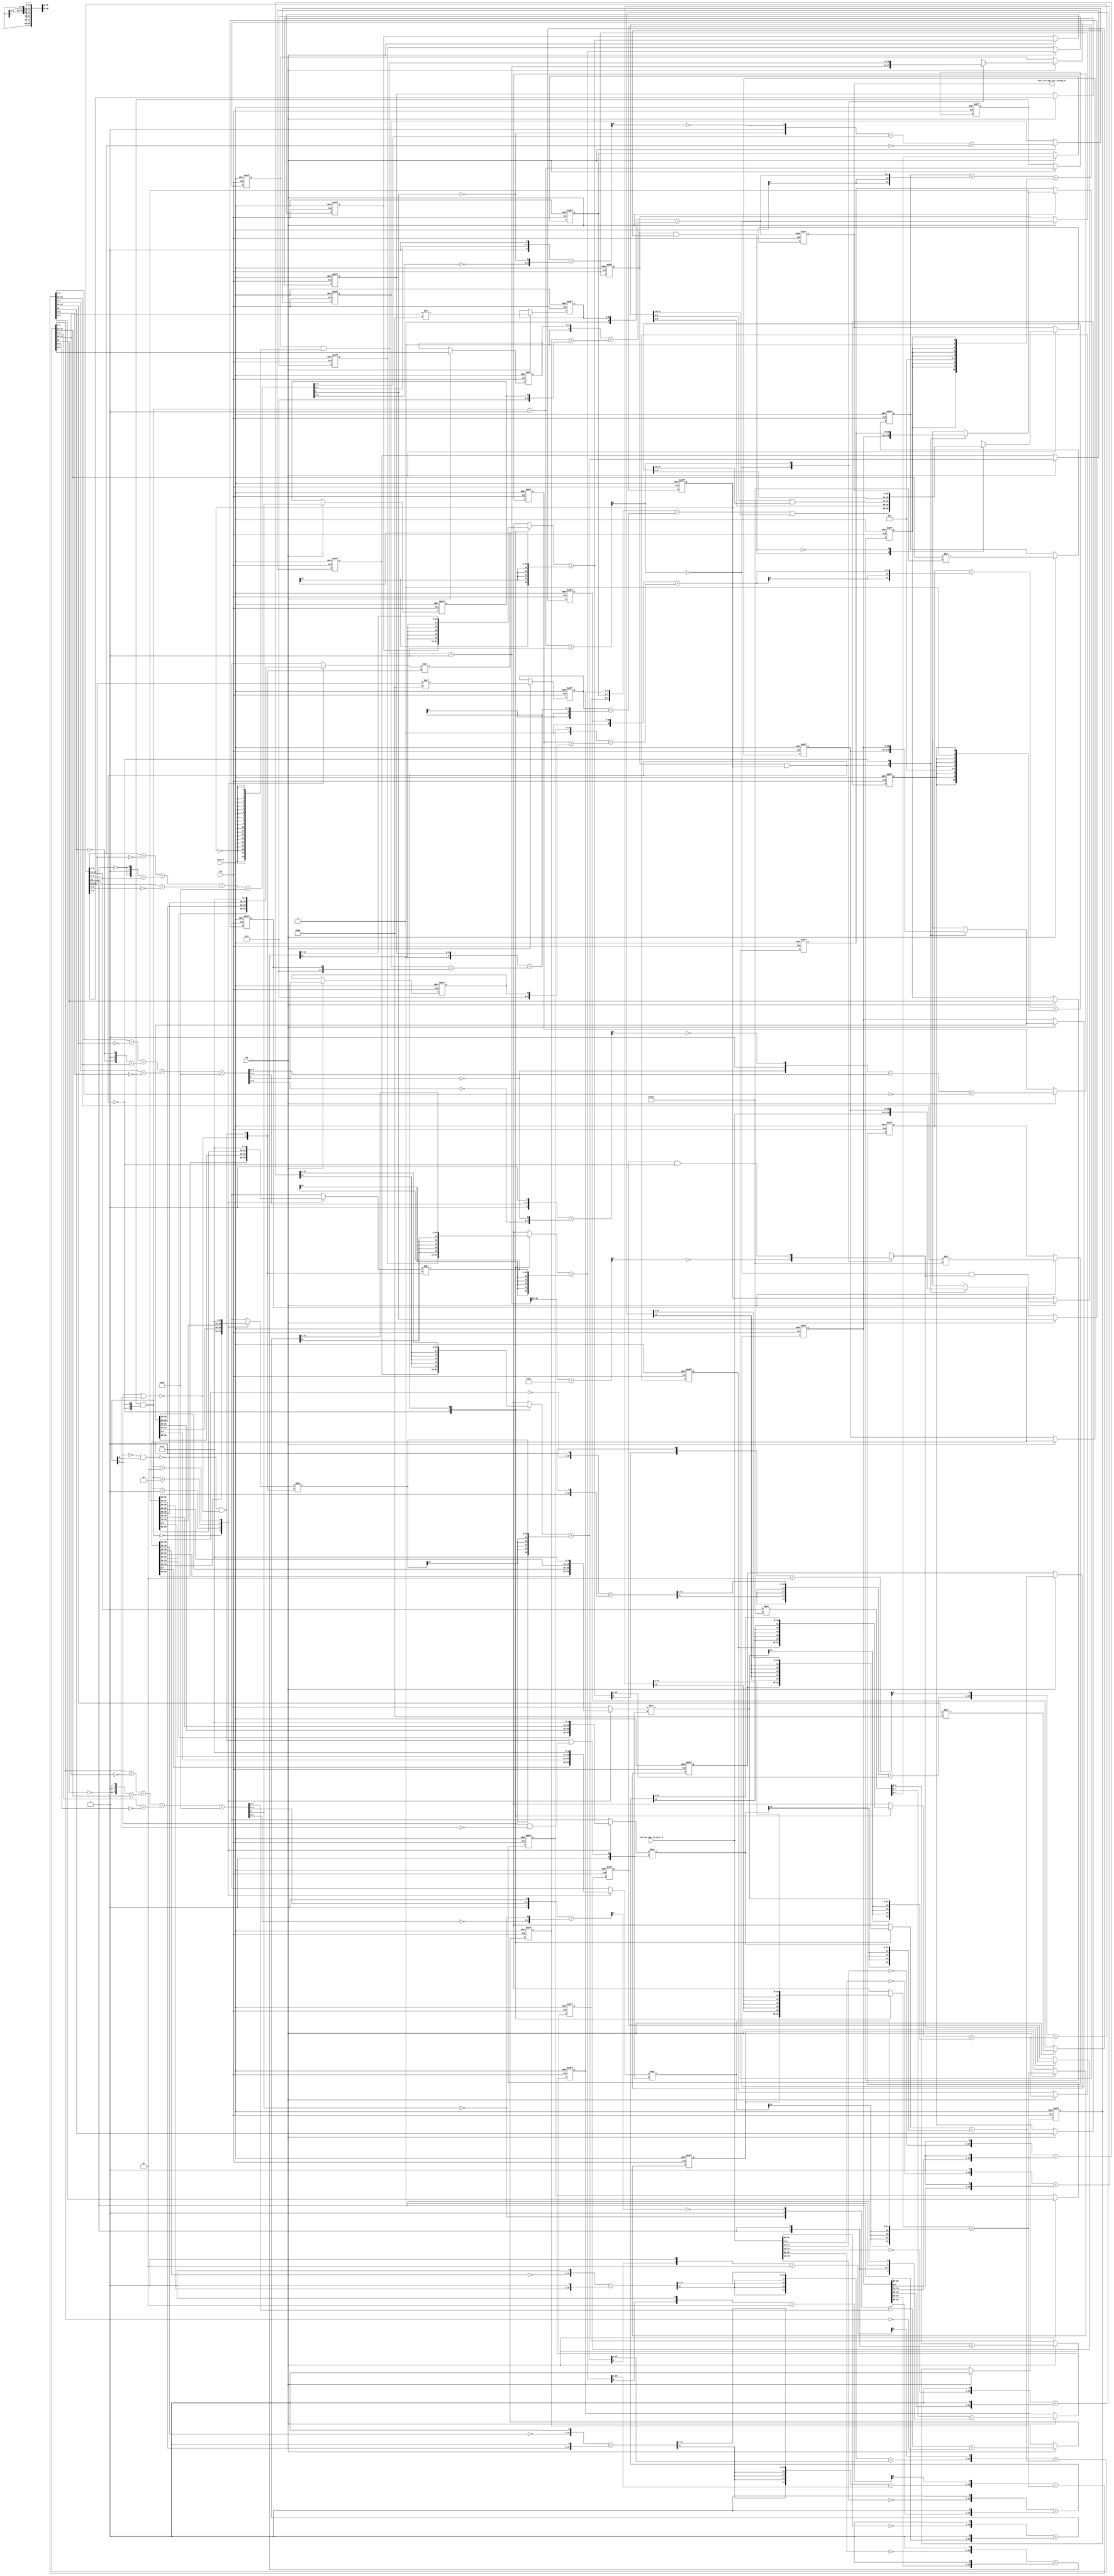
module sobel_core (
  clk, en, arst_n, vin_rsc_mgc_in_wire_d, vout_rsc_mgc_out_stdreg_d
);
  input clk;
  input en;
  input arst_n;
  input [89:0] vin_rsc_mgc_in_wire_d;
  output [29:0] vout_rsc_mgc_out_stdreg_d;
  reg [29:0] vout_rsc_mgc_out_stdreg_d;


  // Interconnect Declarations
  wire and_dcpl;
  reg [18:0] FRAME_p_1_lpi_1;
  reg [89:0] regs_regs_1_sva;
  reg [89:0] regs_regs_0_sva;
  reg exit_FRAME_1_sva;
  reg [89:0] regs_regs_2_lpi_1_dfm;
  reg [15:0] r_0_sva_1;
  reg [15:0] g_0_sva_1;
  reg [15:0] b_0_sva_1;
  reg [15:0] r_2_sva_1;
  reg [15:0] g_2_sva_1;
  reg [15:0] b_2_sva_1;
  reg [1:0] i_6_sva_1;
  reg exit_FRAME_lpi_1_dfm_1;
  reg [10:0] FRAME_mul_2_itm_1;
  wire [21:0] nl_FRAME_mul_2_itm_1;
  reg [8:0] FRAME_mul_3_itm_1;
  wire [17:0] nl_FRAME_mul_3_itm_1;
  reg [5:0] green_slc_green_2_sg1_itm_1;
  reg [4:0] FRAME_acc_18_itm_1;
  wire [5:0] nl_FRAME_acc_18_itm_1;
  reg FRAME_slc_acc_imod_2_4_itm_1;
  reg green_slc_green_2_sg1_12_itm_1;
  reg [10:0] FRAME_mul_4_itm_1;
  wire [21:0] nl_FRAME_mul_4_itm_1;
  reg [8:0] FRAME_mul_5_itm_1;
  wire [17:0] nl_FRAME_mul_5_itm_1;
  reg [5:0] blue_slc_blue_2_sg1_itm_1;
  reg [4:0] FRAME_acc_30_itm_1;
  wire [5:0] nl_FRAME_acc_30_itm_1;
  reg FRAME_slc_acc_imod_4_4_itm_1;
  reg blue_slc_blue_2_sg1_12_itm_1;
  reg [8:0] FRAME_mul_1_itm_1;
  wire [17:0] nl_FRAME_mul_1_itm_1;
  reg [5:0] red_slc_red_2_sg1_itm_1;
  reg [4:0] FRAME_acc_37_itm_1;
  wire [5:0] nl_FRAME_acc_37_itm_1;
  reg FRAME_slc_acc_imod_4_itm_1;
  reg exit_FRAME_for_sva_1_st_1;
  reg main_stage_0_2;
  reg [1:0] FRAME_acc_41_itm_1_sg2;
  wire [2:0] nl_FRAME_acc_41_itm_1_sg2;
  reg [1:0] FRAME_acc_41_itm_1_sg1;
  reg [5:0] FRAME_acc_41_itm_3;
  wire [6:0] nl_FRAME_acc_41_itm_3;
  wire [18:0] FRAME_p_1_sva_1;
  wire [19:0] nl_FRAME_p_1_sva_1;
  wire [1:0] FRAME_for_acc_itm;
  wire [2:0] nl_FRAME_for_acc_itm;
  wire [11:0] FRAME_acc_3_psp_sva;
  wire [13:0] nl_FRAME_acc_3_psp_sva;
  wire [11:0] FRAME_acc_4_psp_sva;
  wire [13:0] nl_FRAME_acc_4_psp_sva;
  wire [1:0] i_6_sva_2;
  wire [2:0] nl_i_6_sva_2;
  wire [1:0] i_6_lpi_1_dfm;
  wire exit_FRAME_for_lpi_1_dfm;
  wire [89:0] regs_regs_2_lpi_1_dfm_mx0;
  wire [89:0] regs_regs_1_sva_dfm_mx0;
  wire [89:0] regs_regs_0_sva_dfm_mx0;
  wire exit_FRAME_lpi_1_dfm_1_mx0;
  wire [18:0] FRAME_p_1_lpi_1_dfm;
  wire [5:0] acc_imod_sva;
  wire [7:0] nl_acc_imod_sva;
  wire [9:0] FRAME_mul_sdt;
  wire [19:0] nl_FRAME_mul_sdt;
  wire [5:0] acc_imod_4_sva;
  wire [7:0] nl_acc_imod_4_sva;
  wire [5:0] acc_imod_2_sva;
  wire [7:0] nl_acc_imod_2_sva;
  wire [15:0] b_2_sva_3;
  wire [16:0] nl_b_2_sva_3;
  wire [15:0] b_0_sva_3;
  wire [16:0] nl_b_0_sva_3;
  wire [15:0] g_2_sva_3;
  wire [16:0] nl_g_2_sva_3;
  wire [15:0] g_0_sva_3;
  wire [16:0] nl_g_0_sva_3;
  wire [15:0] r_2_sva_3;
  wire [16:0] nl_r_2_sva_3;
  wire [15:0] r_0_sva_3;
  wire [16:0] nl_r_0_sva_3;
  wire FRAME_for_nor_cse;
  wire [15:0] ACC1_acc_43_itm;
  wire [16:0] nl_ACC1_acc_43_itm;
  wire [15:0] ACC1_acc_45_itm;
  wire [16:0] nl_ACC1_acc_45_itm;
  wire [15:0] ACC1_acc_44_itm;
  wire [16:0] nl_ACC1_acc_44_itm;
  wire FRAME_for_or_4_itm;
  wire FRAME_for_or_3_itm;

  wire[15:0] FRAME_for_mux_10_nl;
  wire[9:0] regs_operator_17_mux_nl;
  wire[15:0] FRAME_for_mux_9_nl;
  wire[9:0] regs_operator_11_mux_nl;
  wire[15:0] FRAME_for_mux_8_nl;
  wire[9:0] regs_operator_16_mux_nl;
  wire[15:0] FRAME_for_mux_7_nl;
  wire[9:0] regs_operator_10_mux_nl;
  wire[15:0] FRAME_for_mux_6_nl;
  wire[9:0] regs_operator_15_mux_nl;
  wire[15:0] FRAME_for_mux_5_nl;
  wire[9:0] regs_operator_9_mux_nl;

  // Interconnect Declarations for Component Instantiations 
  assign nl_FRAME_acc_3_psp_sva = (conv_u2s_11_12(FRAME_mul_2_itm_1) + conv_s2s_10_12(conv_u2s_9_10(FRAME_mul_3_itm_1)
      + conv_s2s_8_10(conv_u2s_6_8(green_slc_green_2_sg1_itm_1) + conv_s2s_5_8(FRAME_acc_18_itm_1
      + ({4'b1001 , FRAME_slc_acc_imod_2_4_itm_1}))))) + conv_u2u_11_12(signext_11_9({green_slc_green_2_sg1_12_itm_1
      , 3'b0 , ({{2{green_slc_green_2_sg1_12_itm_1}}, green_slc_green_2_sg1_12_itm_1})
      , 1'b0 , green_slc_green_2_sg1_12_itm_1}));
  assign FRAME_acc_3_psp_sva = nl_FRAME_acc_3_psp_sva[11:0];
  assign nl_FRAME_acc_4_psp_sva = (conv_u2s_11_12(FRAME_mul_4_itm_1) + conv_s2s_10_12(conv_u2s_9_10(FRAME_mul_5_itm_1)
      + conv_s2s_8_10(conv_u2s_6_8(blue_slc_blue_2_sg1_itm_1) + conv_s2s_5_8(FRAME_acc_30_itm_1
      + ({4'b1001 , FRAME_slc_acc_imod_4_4_itm_1}))))) + conv_u2u_11_12(signext_11_9({blue_slc_blue_2_sg1_12_itm_1
      , 3'b0 , ({{2{blue_slc_blue_2_sg1_12_itm_1}}, blue_slc_blue_2_sg1_12_itm_1})
      , 1'b0 , blue_slc_blue_2_sg1_12_itm_1}));
  assign FRAME_acc_4_psp_sva = nl_FRAME_acc_4_psp_sva[11:0];
  assign nl_FRAME_for_acc_itm = i_6_sva_2 + 2'b1;
  assign FRAME_for_acc_itm = nl_FRAME_for_acc_itm[1:0];
  assign nl_i_6_sva_2 = i_6_lpi_1_dfm + 2'b1;
  assign i_6_sva_2 = nl_i_6_sva_2[1:0];
  assign i_6_lpi_1_dfm = i_6_sva_1 & (signext_2_1(~ exit_FRAME_for_lpi_1_dfm));
  assign exit_FRAME_for_lpi_1_dfm = exit_FRAME_for_sva_1_st_1 | exit_FRAME_1_sva;
  assign regs_regs_2_lpi_1_dfm_mx0 = MUX_v_90_2_2({regs_regs_1_sva , regs_regs_2_lpi_1_dfm},
      and_dcpl);
  assign regs_regs_1_sva_dfm_mx0 = MUX_v_90_2_2({regs_regs_0_sva , regs_regs_1_sva},
      and_dcpl);
  assign regs_regs_0_sva_dfm_mx0 = MUX_v_90_2_2({vin_rsc_mgc_in_wire_d , regs_regs_0_sva},
      and_dcpl);
  assign exit_FRAME_lpi_1_dfm_1_mx0 = MUX_s_1_2_2({(~ (readslicef_8_1_7((conv_u2s_7_8(FRAME_p_1_sva_1[18:12])
      + 8'b10110101)))) , (exit_FRAME_lpi_1_dfm_1 & (~ exit_FRAME_for_lpi_1_dfm))},
      FRAME_for_acc_itm[1]);
  assign nl_FRAME_p_1_sva_1 = FRAME_p_1_lpi_1_dfm + 19'b1;
  assign FRAME_p_1_sva_1 = nl_FRAME_p_1_sva_1[18:0];
  assign FRAME_p_1_lpi_1_dfm = FRAME_p_1_lpi_1 & (signext_19_1(~ exit_FRAME_1_sva));
  assign nl_acc_imod_sva = (conv_u2u_5_6(conv_u2u_4_5(conv_u2u_3_4(ACC1_acc_43_itm[9:7])
      + conv_u2u_3_4(~ (ACC1_acc_43_itm[12:10]))) + conv_u2u_4_5(conv_u2u_3_4({(~
      (ACC1_acc_43_itm[15])) , 1'b1 , (~ (ACC1_acc_43_itm[15]))}) + conv_u2u_2_4(ACC1_acc_43_itm[14:13])))
      + conv_u2u_4_6(conv_u2u_3_4(ACC1_acc_43_itm[3:1]) + conv_u2u_3_4(~ (ACC1_acc_43_itm[6:4]))))
      + 6'b101011;
  assign acc_imod_sva = nl_acc_imod_sva[5:0];
  assign nl_ACC1_acc_43_itm = ({(conv_s2u_11_15(readslicef_12_11_1((conv_s2s_11_12({(~
      (regs_regs_0_sva_dfm_mx0[59:50])) , 1'b1}) + conv_s2s_11_12({(regs_regs_2_lpi_1_dfm_mx0[59:50])
      , 1'b1})))) + (r_2_sva_3[15:1])) , (readslicef_2_1_1((({(r_2_sva_3[0]) , 1'b1})
      + 2'b11)))}) + r_0_sva_3;
  assign ACC1_acc_43_itm = nl_ACC1_acc_43_itm[15:0];
  assign nl_FRAME_mul_sdt = conv_u2u_2_10(ACC1_acc_43_itm[14:13]) * 10'b111000111;
  assign FRAME_mul_sdt = nl_FRAME_mul_sdt[9:0];
  assign nl_ACC1_acc_45_itm = ({(conv_s2u_11_15(readslicef_12_11_1((conv_s2s_11_12({(~
      (regs_regs_0_sva_dfm_mx0[39:30])) , 1'b1}) + conv_s2s_11_12({(regs_regs_2_lpi_1_dfm_mx0[39:30])
      , 1'b1})))) + (b_2_sva_3[15:1])) , (readslicef_2_1_1((({(b_2_sva_3[0]) , 1'b1})
      + 2'b11)))}) + b_0_sva_3;
  assign ACC1_acc_45_itm = nl_ACC1_acc_45_itm[15:0];
  assign nl_acc_imod_4_sva = (conv_u2u_5_6(conv_u2u_4_5(conv_u2u_3_4(ACC1_acc_45_itm[9:7])
      + conv_u2u_3_4(~ (ACC1_acc_45_itm[12:10]))) + conv_u2u_4_5(conv_u2u_3_4({(~
      (ACC1_acc_45_itm[15])) , 1'b1 , (~ (ACC1_acc_45_itm[15]))}) + conv_u2u_2_4(ACC1_acc_45_itm[14:13])))
      + conv_u2u_4_6(conv_u2u_3_4(ACC1_acc_45_itm[3:1]) + conv_u2u_3_4(~ (ACC1_acc_45_itm[6:4]))))
      + 6'b101011;
  assign acc_imod_4_sva = nl_acc_imod_4_sva[5:0];
  assign nl_ACC1_acc_44_itm = ({(conv_s2u_11_15(readslicef_12_11_1((conv_s2s_11_12({(~
      (regs_regs_0_sva_dfm_mx0[49:40])) , 1'b1}) + conv_s2s_11_12({(regs_regs_2_lpi_1_dfm_mx0[49:40])
      , 1'b1})))) + (g_2_sva_3[15:1])) , (readslicef_2_1_1((({(g_2_sva_3[0]) , 1'b1})
      + 2'b11)))}) + g_0_sva_3;
  assign ACC1_acc_44_itm = nl_ACC1_acc_44_itm[15:0];
  assign nl_acc_imod_2_sva = (conv_u2u_5_6(conv_u2u_4_5(conv_u2u_3_4(ACC1_acc_44_itm[9:7])
      + conv_u2u_3_4(~ (ACC1_acc_44_itm[12:10]))) + conv_u2u_4_5(conv_u2u_3_4({(~
      (ACC1_acc_44_itm[15])) , 1'b1 , (~ (ACC1_acc_44_itm[15]))}) + conv_u2u_2_4(ACC1_acc_44_itm[14:13])))
      + conv_u2u_4_6(conv_u2u_3_4(ACC1_acc_44_itm[3:1]) + conv_u2u_3_4(~ (ACC1_acc_44_itm[6:4]))))
      + 6'b101011;
  assign acc_imod_2_sva = nl_acc_imod_2_sva[5:0];
  assign FRAME_for_mux_10_nl = MUX_v_16_2_2({b_2_sva_1 , (signext_16_11(readslicef_12_11_1((conv_s2s_11_12({(~
      (vin_rsc_mgc_in_wire_d[69:60])) , 1'b1}) + conv_s2s_11_12({(regs_regs_1_sva[69:60])
      , 1'b1})))))}, exit_FRAME_for_lpi_1_dfm);
  assign regs_operator_17_mux_nl = MUX_v_10_4_2({(regs_regs_0_sva_dfm_mx0[69:60])
      , (regs_regs_1_sva_dfm_mx0[69:60]) , (regs_regs_2_lpi_1_dfm_mx0[69:60]) , 10'b0},
      i_6_lpi_1_dfm);
  assign nl_b_2_sva_3 = (FRAME_for_mux_10_nl) + conv_s2u_11_16(conv_s2u_22_11(conv_s2s_10_11(regs_operator_17_mux_nl)
      * conv_s2s_2_11({FRAME_for_nor_cse , FRAME_for_or_4_itm})));
  assign b_2_sva_3 = nl_b_2_sva_3[15:0];
  assign FRAME_for_mux_9_nl = MUX_v_16_2_2({b_0_sva_1 , (signext_16_11(readslicef_12_11_1((conv_s2s_11_12({(~
      (vin_rsc_mgc_in_wire_d[9:0])) , 1'b1}) + conv_s2s_11_12({(regs_regs_1_sva[9:0])
      , 1'b1})))))}, exit_FRAME_for_lpi_1_dfm);
  assign regs_operator_11_mux_nl = MUX_v_10_4_2({(regs_regs_0_sva_dfm_mx0[9:0]) ,
      (regs_regs_1_sva_dfm_mx0[9:0]) , (regs_regs_2_lpi_1_dfm_mx0[9:0]) , 10'b0},
      i_6_lpi_1_dfm);
  assign nl_b_0_sva_3 = (FRAME_for_mux_9_nl) + conv_s2u_12_16(conv_s2u_24_12(conv_s2s_10_12(regs_operator_11_mux_nl)
      * conv_s2s_2_12({1'b1 , FRAME_for_or_3_itm})));
  assign b_0_sva_3 = nl_b_0_sva_3[15:0];
  assign FRAME_for_mux_8_nl = MUX_v_16_2_2({g_2_sva_1 , (signext_16_11(readslicef_12_11_1((conv_s2s_11_12({(~
      (vin_rsc_mgc_in_wire_d[79:70])) , 1'b1}) + conv_s2s_11_12({(regs_regs_1_sva[79:70])
      , 1'b1})))))}, exit_FRAME_for_lpi_1_dfm);
  assign regs_operator_16_mux_nl = MUX_v_10_4_2({(regs_regs_0_sva_dfm_mx0[79:70])
      , (regs_regs_1_sva_dfm_mx0[79:70]) , (regs_regs_2_lpi_1_dfm_mx0[79:70]) , 10'b0},
      i_6_lpi_1_dfm);
  assign nl_g_2_sva_3 = (FRAME_for_mux_8_nl) + conv_s2u_11_16(conv_s2u_22_11(conv_s2s_10_11(regs_operator_16_mux_nl)
      * conv_s2s_2_11({FRAME_for_nor_cse , FRAME_for_or_4_itm})));
  assign g_2_sva_3 = nl_g_2_sva_3[15:0];
  assign FRAME_for_mux_7_nl = MUX_v_16_2_2({g_0_sva_1 , (signext_16_11(readslicef_12_11_1((conv_s2s_11_12({(~
      (vin_rsc_mgc_in_wire_d[19:10])) , 1'b1}) + conv_s2s_11_12({(regs_regs_1_sva[19:10])
      , 1'b1})))))}, exit_FRAME_for_lpi_1_dfm);
  assign regs_operator_10_mux_nl = MUX_v_10_4_2({(regs_regs_0_sva_dfm_mx0[19:10])
      , (regs_regs_1_sva_dfm_mx0[19:10]) , (regs_regs_2_lpi_1_dfm_mx0[19:10]) , 10'b0},
      i_6_lpi_1_dfm);
  assign nl_g_0_sva_3 = (FRAME_for_mux_7_nl) + conv_s2u_12_16(conv_s2u_24_12(conv_s2s_10_12(regs_operator_10_mux_nl)
      * conv_s2s_2_12({1'b1 , FRAME_for_or_3_itm})));
  assign g_0_sva_3 = nl_g_0_sva_3[15:0];
  assign FRAME_for_mux_6_nl = MUX_v_16_2_2({r_2_sva_1 , (signext_16_11(readslicef_12_11_1((conv_s2s_11_12({(~
      (vin_rsc_mgc_in_wire_d[89:80])) , 1'b1}) + conv_s2s_11_12({(regs_regs_1_sva[89:80])
      , 1'b1})))))}, exit_FRAME_for_lpi_1_dfm);
  assign regs_operator_15_mux_nl = MUX_v_10_4_2({(regs_regs_0_sva_dfm_mx0[89:80])
      , (regs_regs_1_sva_dfm_mx0[89:80]) , (regs_regs_2_lpi_1_dfm_mx0[89:80]) , 10'b0},
      i_6_lpi_1_dfm);
  assign nl_r_2_sva_3 = (FRAME_for_mux_6_nl) + conv_s2u_11_16(conv_s2u_22_11(conv_s2s_10_11(regs_operator_15_mux_nl)
      * conv_s2s_2_11({FRAME_for_nor_cse , FRAME_for_or_4_itm})));
  assign r_2_sva_3 = nl_r_2_sva_3[15:0];
  assign FRAME_for_mux_5_nl = MUX_v_16_2_2({r_0_sva_1 , (signext_16_11(readslicef_12_11_1((conv_s2s_11_12({(~
      (vin_rsc_mgc_in_wire_d[29:20])) , 1'b1}) + conv_s2s_11_12({(regs_regs_1_sva[29:20])
      , 1'b1})))))}, exit_FRAME_for_lpi_1_dfm);
  assign regs_operator_9_mux_nl = MUX_v_10_4_2({(regs_regs_0_sva_dfm_mx0[29:20])
      , (regs_regs_1_sva_dfm_mx0[29:20]) , (regs_regs_2_lpi_1_dfm_mx0[29:20]) , 10'b0},
      i_6_lpi_1_dfm);
  assign nl_r_0_sva_3 = (FRAME_for_mux_5_nl) + conv_s2u_12_16(conv_s2u_24_12(conv_s2s_10_12(regs_operator_9_mux_nl)
      * conv_s2s_2_12({1'b1 , FRAME_for_or_3_itm})));
  assign r_0_sva_3 = nl_r_0_sva_3[15:0];
  assign FRAME_for_nor_cse = ~((i_6_lpi_1_dfm[1]) | (i_6_lpi_1_dfm[0]));
  assign FRAME_for_or_4_itm = (~((~ (i_6_lpi_1_dfm[1])) & (i_6_lpi_1_dfm[0]))) |
      FRAME_for_nor_cse;
  assign FRAME_for_or_3_itm = (~((i_6_lpi_1_dfm[0]) & (~ (i_6_lpi_1_dfm[1])))) |
      FRAME_for_nor_cse | ((i_6_lpi_1_dfm[1]) & (~ (i_6_lpi_1_dfm[0])));
  assign and_dcpl = ~(exit_FRAME_for_sva_1_st_1 | exit_FRAME_1_sva);
  always @(posedge clk or negedge arst_n) begin
    if ( ~ arst_n ) begin
      vout_rsc_mgc_out_stdreg_d <= 30'b0;
      FRAME_acc_41_itm_1_sg2 <= 2'b0;
      FRAME_acc_41_itm_1_sg1 <= 2'b0;
      FRAME_acc_41_itm_3 <= 6'b0;
      FRAME_mul_1_itm_1 <= 9'b0;
      red_slc_red_2_sg1_itm_1 <= 6'b0;
      FRAME_acc_37_itm_1 <= 5'b0;
      FRAME_slc_acc_imod_4_itm_1 <= 1'b0;
      FRAME_mul_4_itm_1 <= 11'b0;
      FRAME_mul_5_itm_1 <= 9'b0;
      blue_slc_blue_2_sg1_itm_1 <= 6'b0;
      FRAME_acc_30_itm_1 <= 5'b0;
      FRAME_slc_acc_imod_4_4_itm_1 <= 1'b0;
      blue_slc_blue_2_sg1_12_itm_1 <= 1'b0;
      FRAME_mul_2_itm_1 <= 11'b0;
      FRAME_mul_3_itm_1 <= 9'b0;
      green_slc_green_2_sg1_itm_1 <= 6'b0;
      FRAME_acc_18_itm_1 <= 5'b0;
      FRAME_slc_acc_imod_2_4_itm_1 <= 1'b0;
      green_slc_green_2_sg1_12_itm_1 <= 1'b0;
      exit_FRAME_for_sva_1_st_1 <= 1'b0;
      i_6_sva_1 <= 2'b0;
      exit_FRAME_1_sva <= 1'b1;
      main_stage_0_2 <= 1'b0;
      regs_regs_2_lpi_1_dfm <= 90'b0;
      regs_regs_1_sva <= 90'b0;
      regs_regs_0_sva <= 90'b0;
      exit_FRAME_lpi_1_dfm_1 <= 1'b0;
      b_2_sva_1 <= 16'b0;
      b_0_sva_1 <= 16'b0;
      g_2_sva_1 <= 16'b0;
      g_0_sva_1 <= 16'b0;
      r_2_sva_1 <= 16'b0;
      r_0_sva_1 <= 16'b0;
      FRAME_p_1_lpi_1 <= 19'b0;
    end
    else begin
      if ( en ) begin
        vout_rsc_mgc_out_stdreg_d <= MUX_v_30_2_2({({((({FRAME_acc_41_itm_1_sg2 ,
            FRAME_acc_41_itm_1_sg1 , FRAME_acc_41_itm_3}) + (conv_u2s_9_10(FRAME_mul_1_itm_1)
            + conv_s2s_8_10(conv_u2s_6_8(red_slc_red_2_sg1_itm_1) + conv_s2s_5_8(FRAME_acc_37_itm_1
            + ({4'b1001 , FRAME_slc_acc_imod_4_itm_1}))))) | ({8'b0 , (FRAME_acc_3_psp_sva[11:10])}))
            , (FRAME_acc_3_psp_sva[9:6]) , ((FRAME_acc_3_psp_sva[5:0]) | ({4'b0 ,
            (FRAME_acc_4_psp_sva[11:10])})) , (FRAME_acc_4_psp_sva[9:0])}) , vout_rsc_mgc_out_stdreg_d},
            ~(exit_FRAME_for_sva_1_st_1 & main_stage_0_2));
        FRAME_acc_41_itm_1_sg2 <= nl_FRAME_acc_41_itm_1_sg2[1:0];
        FRAME_acc_41_itm_1_sg1 <= FRAME_mul_sdt[7:6];
        FRAME_acc_41_itm_3 <= nl_FRAME_acc_41_itm_3[5:0];
        FRAME_mul_1_itm_1 <= nl_FRAME_mul_1_itm_1[8:0];
        red_slc_red_2_sg1_itm_1 <= ACC1_acc_43_itm[9:4];
        FRAME_acc_37_itm_1 <= nl_FRAME_acc_37_itm_1[4:0];
        FRAME_slc_acc_imod_4_itm_1 <= acc_imod_sva[5];
        FRAME_mul_4_itm_1 <= nl_FRAME_mul_4_itm_1[10:0];
        FRAME_mul_5_itm_1 <= nl_FRAME_mul_5_itm_1[8:0];
        blue_slc_blue_2_sg1_itm_1 <= ACC1_acc_45_itm[9:4];
        FRAME_acc_30_itm_1 <= nl_FRAME_acc_30_itm_1[4:0];
        FRAME_slc_acc_imod_4_4_itm_1 <= acc_imod_4_sva[5];
        blue_slc_blue_2_sg1_12_itm_1 <= ACC1_acc_45_itm[15];
        FRAME_mul_2_itm_1 <= nl_FRAME_mul_2_itm_1[10:0];
        FRAME_mul_3_itm_1 <= nl_FRAME_mul_3_itm_1[8:0];
        green_slc_green_2_sg1_itm_1 <= ACC1_acc_44_itm[9:4];
        FRAME_acc_18_itm_1 <= nl_FRAME_acc_18_itm_1[4:0];
        FRAME_slc_acc_imod_2_4_itm_1 <= acc_imod_2_sva[5];
        green_slc_green_2_sg1_12_itm_1 <= ACC1_acc_44_itm[15];
        exit_FRAME_for_sva_1_st_1 <= ~ (FRAME_for_acc_itm[1]);
        i_6_sva_1 <= i_6_sva_2;
        exit_FRAME_1_sva <= (~ (FRAME_for_acc_itm[1])) & exit_FRAME_lpi_1_dfm_1_mx0;
        main_stage_0_2 <= 1'b1;
        regs_regs_2_lpi_1_dfm <= regs_regs_2_lpi_1_dfm_mx0;
        regs_regs_1_sva <= regs_regs_1_sva_dfm_mx0;
        regs_regs_0_sva <= regs_regs_0_sva_dfm_mx0;
        exit_FRAME_lpi_1_dfm_1 <= exit_FRAME_lpi_1_dfm_1_mx0;
        b_2_sva_1 <= b_2_sva_3;
        b_0_sva_1 <= b_0_sva_3;
        g_2_sva_1 <= g_2_sva_3;
        g_0_sva_1 <= g_0_sva_3;
        r_2_sva_1 <= r_2_sva_3;
        r_0_sva_1 <= r_0_sva_3;
        FRAME_p_1_lpi_1 <= MUX_v_19_2_2({FRAME_p_1_sva_1 , FRAME_p_1_lpi_1_dfm},
            FRAME_for_acc_itm[1]);
      end
    end
  end
  assign nl_FRAME_acc_41_itm_1_sg2  = (FRAME_mul_sdt[9:8]) + conv_s2u_1_2(ACC1_acc_43_itm[15]);
  assign nl_FRAME_acc_41_itm_3  = conv_u2u_5_6(FRAME_mul_sdt[4:0]) + conv_u2u_5_6(signext_5_3({(ACC1_acc_43_itm[15])
      , 1'b0 , (ACC1_acc_43_itm[15])}));
  assign nl_FRAME_mul_1_itm_1  = conv_u2u_3_9(ACC1_acc_43_itm[12:10]) * 9'b111001;
  assign nl_FRAME_acc_37_itm_1  = conv_u2u_4_5(conv_u2u_3_4({(~ (acc_imod_sva[5]))
      , 1'b1 , (~ (readslicef_5_1_4((({1'b1 , (acc_imod_sva[2:0]) , 1'b1}) + conv_u2s_4_5({(~
      (acc_imod_sva[5:3])) , (~ (acc_imod_sva[5]))})))))}) + conv_u2u_2_4(acc_imod_sva[4:3]))
      + conv_u2u_3_5(~ (ACC1_acc_43_itm[9:7]));
  assign nl_FRAME_mul_4_itm_1  = conv_u2u_2_11(ACC1_acc_45_itm[14:13]) * 11'b111000111;
  assign nl_FRAME_mul_5_itm_1  = conv_u2u_3_9(ACC1_acc_45_itm[12:10]) * 9'b111001;
  assign nl_FRAME_acc_30_itm_1  = conv_u2u_4_5(conv_u2u_3_4({(~ (acc_imod_4_sva[5]))
      , 1'b1 , (~ (readslicef_5_1_4((({1'b1 , (acc_imod_4_sva[2:0]) , 1'b1}) + conv_u2s_4_5({(~
      (acc_imod_4_sva[5:3])) , (~ (acc_imod_4_sva[5]))})))))}) + conv_u2u_2_4(acc_imod_4_sva[4:3]))
      + conv_u2u_3_5(~ (ACC1_acc_45_itm[9:7]));
  assign nl_FRAME_mul_2_itm_1  = conv_u2u_2_11(ACC1_acc_44_itm[14:13]) * 11'b111000111;
  assign nl_FRAME_mul_3_itm_1  = conv_u2u_3_9(ACC1_acc_44_itm[12:10]) * 9'b111001;
  assign nl_FRAME_acc_18_itm_1  = conv_u2u_4_5(conv_u2u_3_4({(~ (acc_imod_2_sva[5]))
      , 1'b1 , (~ (readslicef_5_1_4((({1'b1 , (acc_imod_2_sva[2:0]) , 1'b1}) + conv_u2s_4_5({(~
      (acc_imod_2_sva[5:3])) , (~ (acc_imod_2_sva[5]))})))))}) + conv_u2u_2_4(acc_imod_2_sva[4:3]))
      + conv_u2u_3_5(~ (ACC1_acc_44_itm[9:7]));

  function [10:0] signext_11_9;
    input [8:0] vector;
  begin
    signext_11_9= {{2{vector[8]}}, vector};
  end
  endfunction


  function [1:0] signext_2_1;
    input [0:0] vector;
  begin
    signext_2_1= {{1{vector[0]}}, vector};
  end
  endfunction


  function [89:0] MUX_v_90_2_2;
    input [179:0] inputs;
    input [0:0] sel;
    reg [89:0] result;
  begin
    case (sel)
      1'b0 : begin
        result = inputs[179:90];
      end
      1'b1 : begin
        result = inputs[89:0];
      end
      default : begin
        result = inputs[179:90];
      end
    endcase
    MUX_v_90_2_2 = result;
  end
  endfunction


  function [0:0] MUX_s_1_2_2;
    input [1:0] inputs;
    input [0:0] sel;
    reg [0:0] result;
  begin
    case (sel)
      1'b0 : begin
        result = inputs[1:1];
      end
      1'b1 : begin
        result = inputs[0:0];
      end
      default : begin
        result = inputs[1:1];
      end
    endcase
    MUX_s_1_2_2 = result;
  end
  endfunction


  function [0:0] readslicef_8_1_7;
    input [7:0] vector;
    reg [7:0] tmp;
  begin
    tmp = vector >> 7;
    readslicef_8_1_7 = tmp[0:0];
  end
  endfunction


  function [18:0] signext_19_1;
    input [0:0] vector;
  begin
    signext_19_1= {{18{vector[0]}}, vector};
  end
  endfunction


  function [10:0] readslicef_12_11_1;
    input [11:0] vector;
    reg [11:0] tmp;
  begin
    tmp = vector >> 1;
    readslicef_12_11_1 = tmp[10:0];
  end
  endfunction


  function [0:0] readslicef_2_1_1;
    input [1:0] vector;
    reg [1:0] tmp;
  begin
    tmp = vector >> 1;
    readslicef_2_1_1 = tmp[0:0];
  end
  endfunction


  function [15:0] MUX_v_16_2_2;
    input [31:0] inputs;
    input [0:0] sel;
    reg [15:0] result;
  begin
    case (sel)
      1'b0 : begin
        result = inputs[31:16];
      end
      1'b1 : begin
        result = inputs[15:0];
      end
      default : begin
        result = inputs[31:16];
      end
    endcase
    MUX_v_16_2_2 = result;
  end
  endfunction


  function [15:0] signext_16_11;
    input [10:0] vector;
  begin
    signext_16_11= {{5{vector[10]}}, vector};
  end
  endfunction


  function [9:0] MUX_v_10_4_2;
    input [39:0] inputs;
    input [1:0] sel;
    reg [9:0] result;
  begin
    case (sel)
      2'b00 : begin
        result = inputs[39:30];
      end
      2'b01 : begin
        result = inputs[29:20];
      end
      2'b10 : begin
        result = inputs[19:10];
      end
      2'b11 : begin
        result = inputs[9:0];
      end
      default : begin
        result = inputs[39:30];
      end
    endcase
    MUX_v_10_4_2 = result;
  end
  endfunction


  function [29:0] MUX_v_30_2_2;
    input [59:0] inputs;
    input [0:0] sel;
    reg [29:0] result;
  begin
    case (sel)
      1'b0 : begin
        result = inputs[59:30];
      end
      1'b1 : begin
        result = inputs[29:0];
      end
      default : begin
        result = inputs[59:30];
      end
    endcase
    MUX_v_30_2_2 = result;
  end
  endfunction


  function [18:0] MUX_v_19_2_2;
    input [37:0] inputs;
    input [0:0] sel;
    reg [18:0] result;
  begin
    case (sel)
      1'b0 : begin
        result = inputs[37:19];
      end
      1'b1 : begin
        result = inputs[18:0];
      end
      default : begin
        result = inputs[37:19];
      end
    endcase
    MUX_v_19_2_2 = result;
  end
  endfunction


  function [4:0] signext_5_3;
    input [2:0] vector;
  begin
    signext_5_3= {{2{vector[2]}}, vector};
  end
  endfunction


  function [0:0] readslicef_5_1_4;
    input [4:0] vector;
    reg [4:0] tmp;
  begin
    tmp = vector >> 4;
    readslicef_5_1_4 = tmp[0:0];
  end
  endfunction


  function signed [11:0] conv_u2s_11_12 ;
    input [10:0]  vector ;
  begin
    conv_u2s_11_12 = {1'b0, vector};
  end
  endfunction


  function signed [11:0] conv_s2s_10_12 ;
    input signed [9:0]  vector ;
  begin
    conv_s2s_10_12 = {{2{vector[9]}}, vector};
  end
  endfunction


  function signed [9:0] conv_u2s_9_10 ;
    input [8:0]  vector ;
  begin
    conv_u2s_9_10 = {1'b0, vector};
  end
  endfunction


  function signed [9:0] conv_s2s_8_10 ;
    input signed [7:0]  vector ;
  begin
    conv_s2s_8_10 = {{2{vector[7]}}, vector};
  end
  endfunction


  function signed [7:0] conv_u2s_6_8 ;
    input [5:0]  vector ;
  begin
    conv_u2s_6_8 = {{2{1'b0}}, vector};
  end
  endfunction


  function signed [7:0] conv_s2s_5_8 ;
    input signed [4:0]  vector ;
  begin
    conv_s2s_5_8 = {{3{vector[4]}}, vector};
  end
  endfunction


  function  [11:0] conv_u2u_11_12 ;
    input [10:0]  vector ;
  begin
    conv_u2u_11_12 = {1'b0, vector};
  end
  endfunction


  function signed [7:0] conv_u2s_7_8 ;
    input [6:0]  vector ;
  begin
    conv_u2s_7_8 = {1'b0, vector};
  end
  endfunction


  function  [5:0] conv_u2u_5_6 ;
    input [4:0]  vector ;
  begin
    conv_u2u_5_6 = {1'b0, vector};
  end
  endfunction


  function  [4:0] conv_u2u_4_5 ;
    input [3:0]  vector ;
  begin
    conv_u2u_4_5 = {1'b0, vector};
  end
  endfunction


  function  [3:0] conv_u2u_3_4 ;
    input [2:0]  vector ;
  begin
    conv_u2u_3_4 = {1'b0, vector};
  end
  endfunction


  function  [3:0] conv_u2u_2_4 ;
    input [1:0]  vector ;
  begin
    conv_u2u_2_4 = {{2{1'b0}}, vector};
  end
  endfunction


  function  [5:0] conv_u2u_4_6 ;
    input [3:0]  vector ;
  begin
    conv_u2u_4_6 = {{2{1'b0}}, vector};
  end
  endfunction


  function  [14:0] conv_s2u_11_15 ;
    input signed [10:0]  vector ;
  begin
    conv_s2u_11_15 = {{4{vector[10]}}, vector};
  end
  endfunction


  function signed [11:0] conv_s2s_11_12 ;
    input signed [10:0]  vector ;
  begin
    conv_s2s_11_12 = {vector[10], vector};
  end
  endfunction


  function  [9:0] conv_u2u_2_10 ;
    input [1:0]  vector ;
  begin
    conv_u2u_2_10 = {{8{1'b0}}, vector};
  end
  endfunction


  function  [15:0] conv_s2u_11_16 ;
    input signed [10:0]  vector ;
  begin
    conv_s2u_11_16 = {{5{vector[10]}}, vector};
  end
  endfunction


  function  [10:0] conv_s2u_22_11 ;
    input signed [21:0]  vector ;
  begin
    conv_s2u_22_11 = vector[10:0];
  end
  endfunction


  function signed [10:0] conv_s2s_10_11 ;
    input signed [9:0]  vector ;
  begin
    conv_s2s_10_11 = {vector[9], vector};
  end
  endfunction


  function signed [10:0] conv_s2s_2_11 ;
    input signed [1:0]  vector ;
  begin
    conv_s2s_2_11 = {{9{vector[1]}}, vector};
  end
  endfunction


  function  [15:0] conv_s2u_12_16 ;
    input signed [11:0]  vector ;
  begin
    conv_s2u_12_16 = {{4{vector[11]}}, vector};
  end
  endfunction


  function  [11:0] conv_s2u_24_12 ;
    input signed [23:0]  vector ;
  begin
    conv_s2u_24_12 = vector[11:0];
  end
  endfunction


  function signed [11:0] conv_s2s_2_12 ;
    input signed [1:0]  vector ;
  begin
    conv_s2s_2_12 = {{10{vector[1]}}, vector};
  end
  endfunction


  function  [1:0] conv_s2u_1_2 ;
    input signed [0:0]  vector ;
  begin
    conv_s2u_1_2 = {vector[0], vector};
  end
  endfunction


  function  [8:0] conv_u2u_3_9 ;
    input [2:0]  vector ;
  begin
    conv_u2u_3_9 = {{6{1'b0}}, vector};
  end
  endfunction


  function signed [4:0] conv_u2s_4_5 ;
    input [3:0]  vector ;
  begin
    conv_u2s_4_5 = {1'b0, vector};
  end
  endfunction


  function  [4:0] conv_u2u_3_5 ;
    input [2:0]  vector ;
  begin
    conv_u2u_3_5 = {{2{1'b0}}, vector};
  end
  endfunction


  function  [10:0] conv_u2u_2_11 ;
    input [1:0]  vector ;
  begin
    conv_u2u_2_11 = {{9{1'b0}}, vector};
  end
  endfunction

endmodule
module sobel (
  vin_rsc_z, vout_rsc_z, clk, en, arst_n
);
  input [89:0] vin_rsc_z;
  output [29:0] vout_rsc_z;
  input clk;
  input en;
  input arst_n;


  // Interconnect Declarations
  wire [89:0] vin_rsc_mgc_in_wire_d;
  wire [29:0] vout_rsc_mgc_out_stdreg_d;


  // Interconnect Declarations for Component Instantiations 
  mgc_in_wire #(.rscid(1),
  .width(90)) vin_rsc_mgc_in_wire (
      .d(vin_rsc_mgc_in_wire_d),
      .z(vin_rsc_z)
    );
  mgc_out_stdreg #(.rscid(2),
  .width(30)) vout_rsc_mgc_out_stdreg (
      .d(vout_rsc_mgc_out_stdreg_d),
      .z(vout_rsc_z)
    );
  sobel_core sobel_core_inst (
      .clk(clk),
      .en(en),
      .arst_n(arst_n),
      .vin_rsc_mgc_in_wire_d(vin_rsc_mgc_in_wire_d),
      .vout_rsc_mgc_out_stdreg_d(vout_rsc_mgc_out_stdreg_d)
    );
endmodule